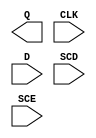
module sky130_fd_sc_hdll__sdfxtp (
    Q  ,
    CLK,
    D  ,
    SCD,
    SCE
);

    output Q  ;
    input  CLK;
    input  D  ;
    input  SCD;
    input  SCE;

    // Voltage supply signals
    supply1 VPWR;
    supply0 VGND;
    supply1 VPB ;
    supply0 VNB ;

endmodule